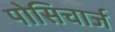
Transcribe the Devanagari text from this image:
पोसिचार्ज